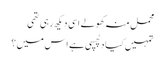
محمل منہ کھولے اسی دیکھ رہی تھی
تمہیں کیا دلچسپی ہے اس میں ؟